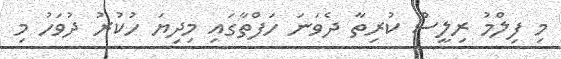
މި ފިލްމު ރިލީސް ކުރިތާ ދެވަނަ ހަފްތާގައި މިދިޔަ ހުކުރު ދުވަހު މި